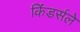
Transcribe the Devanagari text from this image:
किंडर्सले